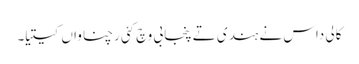
کالی داس نے ہندی تے پنجابی وچ کئی رچناواں کیتیا۔